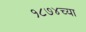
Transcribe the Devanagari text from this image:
१८७४च्या